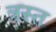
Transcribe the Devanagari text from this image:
त्रस्‍त